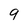
Character: 9